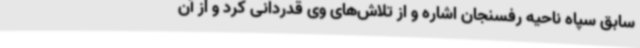
سابق سپاه ناحیه رفسنجان اشاره و از تلاش‌های وی قدردانی کرد و از آن